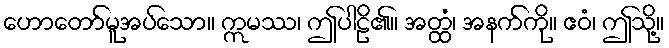
ဟောတော်မူအပ်သော။ ဣမဿ၊ ဤပါဠိ၏။ အတ္ထံ၊ အနက်ကို။ ဧဝံ၊ ဤသို့။